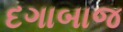
દગાબાજ